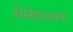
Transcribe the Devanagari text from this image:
विमोहख्यातः